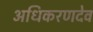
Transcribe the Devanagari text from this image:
अधिकरणदेव